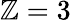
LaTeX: \mathbb{Z}=3